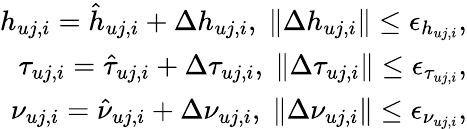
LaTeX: \begin{array}{r}{{h_{uj,i}}={{\hat{h}}_{uj,i}}+\Delta{h_{uj,i}},\; \left\| {\Delta{h_{uj,i}}}\right\| \le{\epsilon_{{h_{uj,i}}}},}\\ {{\tau_{uj,i}}={{\hat{\tau}}_{uj,i}}+\Delta{\tau_{uj,i}},\; \left\| {\Delta{\tau_{uj,i}}}\right\| \le{\epsilon_{{\tau_{uj,i}}}},}\\ {{\nu_{uj,i}}={{\hat{\nu}}_{uj,i}}+\Delta{\nu_{uj,i}},\; \left\| {\Delta{\nu_{uj,i}}}\right\| \le{\epsilon_{{\nu_{uj,i}}}},}\end{array}